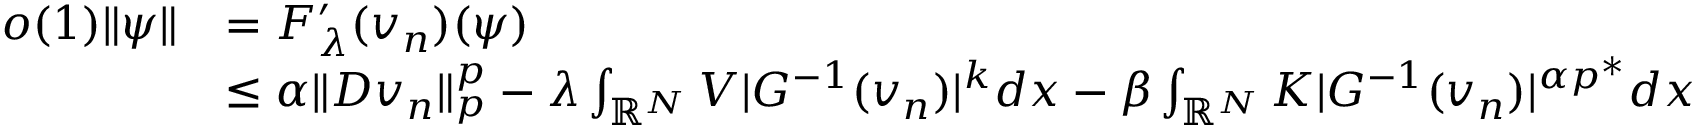
\begin{array} { r l } { o ( 1 ) \| \psi \| } & { = F _ { \lambda } ^ { \prime } ( v _ { n } ) ( \psi ) } \\ & { \le \alpha \| D v _ { n } \| _ { p } ^ { p } - \lambda \int _ { \mathbb R ^ { N } } V | G ^ { - 1 } ( v _ { n } ) | ^ { k } d x - \beta \int _ { \mathbb R ^ { N } } K | G ^ { - 1 } ( v _ { n } ) | ^ { \alpha p ^ { * } } d x } \end{array}